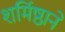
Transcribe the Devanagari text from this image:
शर्मिष्ठाने